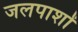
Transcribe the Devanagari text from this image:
जलपाशों